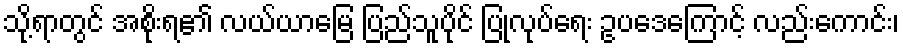
သို့ရာတွင် အစိုးရ၏ လယ်ယာမြေ ပြည်သူပိုင် ပြုလုပ်ရေး ဥပဒေကြောင့် လည်းကောင်း၊